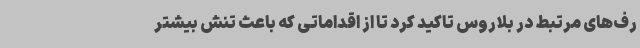
رف‌های مرتبط در بلاروس تاکید کرد تا از اقداماتی که باعث تنش بیشتر